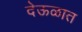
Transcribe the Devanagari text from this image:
देऊळात